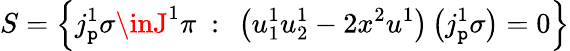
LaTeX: S=\left\{ j_{\mathtt{p}}^{1}\sigma\inJ^{1}\pi\ :\ \left(u_{1}^{1}u_{2}^{1}-2x^{2}u^{1}\right)\left(j_{\mathtt{p}}^{1}\sigma\right)=0\right\}